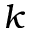
k